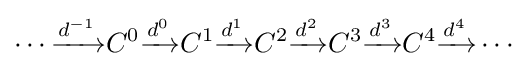
\cdots {\xrightarrow {d^{-1}}}C^{0}{\xrightarrow {d^{0}}}C^{1}{\xrightarrow {d^{1}}}C^{2}{\xrightarrow {d^{2}}}C^{3}{\xrightarrow {d^{3}}}C^{4}{\xrightarrow {d^{4}}}\cdots